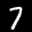
Label: 7